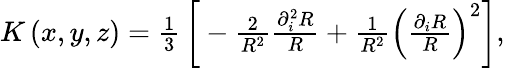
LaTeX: \begin{array}{r}{K\left(x,y,z\right)=\frac{1}{3}\, \bigg[-\frac{2}{R^{2}}\frac{\partial_{i}^{2}R}{R}+\frac{1}{R^{2}}\left(\frac{\partial_{i}R}{R}\right)^{2}\bigg],}\end{array}